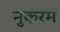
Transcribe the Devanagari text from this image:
नुकरम